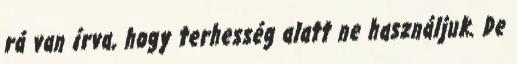
rá van írva, hogy terhesség alatt ne használjuk. De